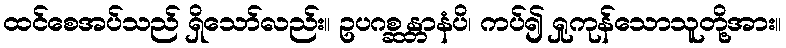
ထင်စေအပ်သည် ရှိသော်လည်း။ ဥပဂစ္ဆန္တာနံပိ၊ ကပ်၍ ရှုကုန်သောသူတို့အား။